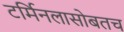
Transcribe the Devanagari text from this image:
टर्मिनलासोबतच